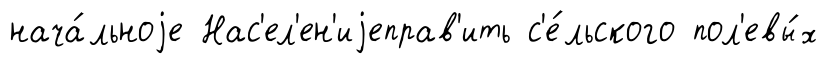
нача́льноjе Нас'ел'ен'иjеправ'ить с'е́льского пол'евы́х